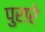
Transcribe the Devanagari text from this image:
पुरारे